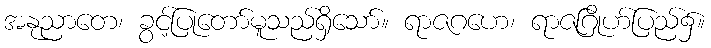
အနုညာတေ၊ ခွင့်ပြုတော်မူသည်ရှိသော်။ ရာဇဂဟေ၊ ရာဇဂြိုဟ်ပြည်၌။